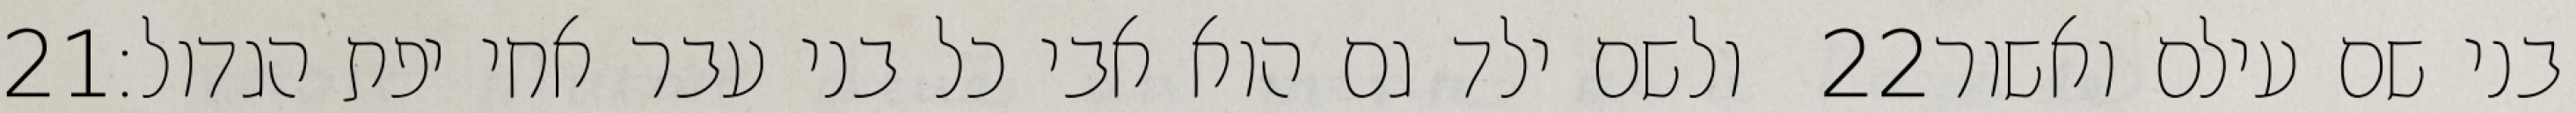
‎21‏ ולשם ילד גם הוא אבי כל בני עבר אחי יפת הגדול׃ ‎22‏ בני שם עילם ואשור